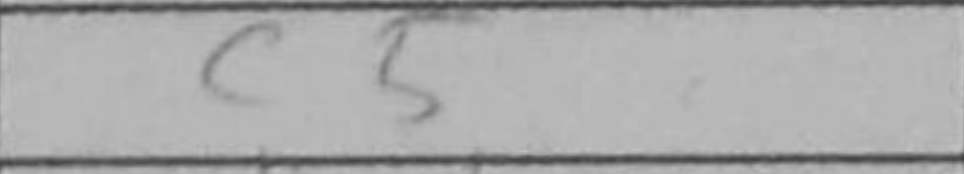
Transcription: c5